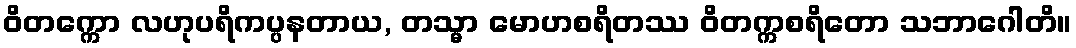
ဝိတက္ကော လဟုပရိကပ္ပနတာယ, တသ္မာ မောဟစရိတဿ ဝိတက္ကစရိတော သဘာဂေါတိ။